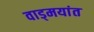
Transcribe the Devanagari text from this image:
वाड्मयांत